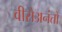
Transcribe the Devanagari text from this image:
वीरोअनंतो